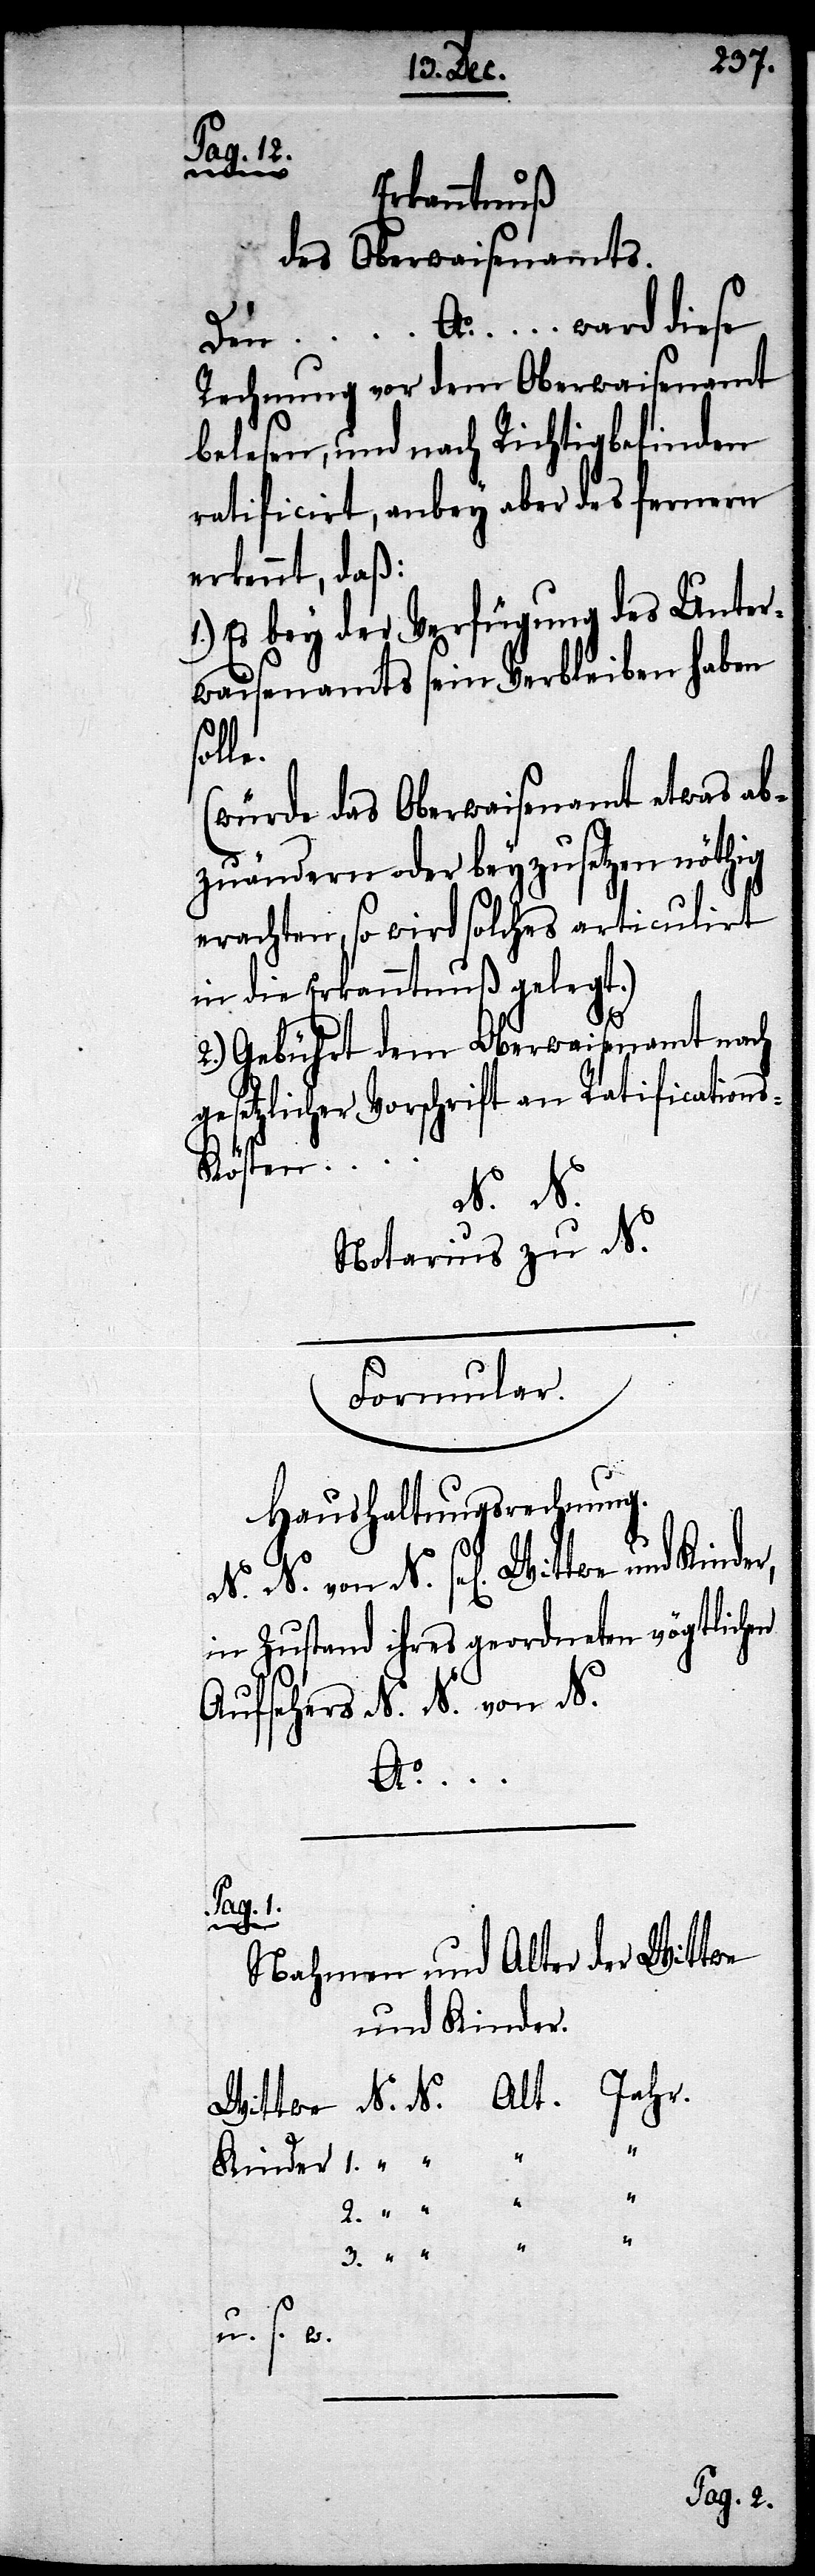
…
________________
Erkanntnuß
des Oberwaisenamts.
Den… Ao. … ward diese
Rechnung vor dem Oberwaisenamt
belesen, und nach Richtigbefinden
ratificirt, anbey aber des fernern
erkennt, daß:
1.) Es bey der Verfügung des Unter¬
waisenamts sein Verbleiben haben
solle.
(würde das Oberwaisenamt etwas ab¬
zuändern oder beyzusetzen nöthig
erachten, so wird solches articulirt
in die Erkanntnuß gelegt.)
2.) Gebührt dem Oberwaisenamt nach
gesetzlicher Vorschrift an Ratification¬
s-Kosten…
von N.
Notarius zu N.
Formular.
Haushaltungsrechnung.
in Zustand ihres geordneten vögtlichen
Aufsehers N. N. von N.
Ao.
Pag.
Nahmen und Alter der Wittwe
und Kinder.
Wittwe 	N. N. 	Alt
Kinder 	1.
2.
3.
u. s. w.
Pag. 12